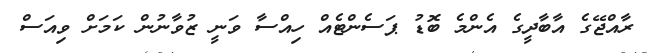
ރާއްޖޭގެ އާބާދީގެ އެންމެ ބޮޑު ޕަސެންޓެއް ހިއްސާ ވަނީ ޒުވާނުން ކަމަށް ވިއަސް